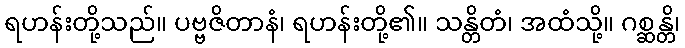
ရဟန်းတို့သည်။ ပဗ္ဗဇိတာနံ၊ ရဟန်းတို့၏။ သန္တိတံ၊ အထံသို့။ ဂစ္ဆန္တိ၊